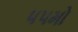
૫૫મો